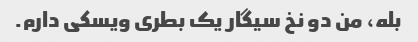
بله، من دو نخ سیگار یک بطری ویسکی دارم.